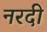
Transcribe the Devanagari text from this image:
नरदी